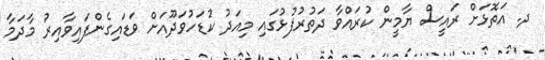
ދ. އަތޮޅަށް ރައީސް ޔާމީން ކުރައްވާ ދަތުރުފުޅުގައި މިއަދު ކުޑަހުވަދޫއަށް ވަޑައިގެންފައިވާއިރު މާދަމާ